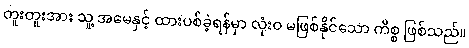
တူးတူးအား သူ့ အမေနှင့် ထားပစ်ခဲ့ရန်မှာ လုံးဝ မဖြစ်နိုင်သော ကိစ္စ ဖြစ်သည်။